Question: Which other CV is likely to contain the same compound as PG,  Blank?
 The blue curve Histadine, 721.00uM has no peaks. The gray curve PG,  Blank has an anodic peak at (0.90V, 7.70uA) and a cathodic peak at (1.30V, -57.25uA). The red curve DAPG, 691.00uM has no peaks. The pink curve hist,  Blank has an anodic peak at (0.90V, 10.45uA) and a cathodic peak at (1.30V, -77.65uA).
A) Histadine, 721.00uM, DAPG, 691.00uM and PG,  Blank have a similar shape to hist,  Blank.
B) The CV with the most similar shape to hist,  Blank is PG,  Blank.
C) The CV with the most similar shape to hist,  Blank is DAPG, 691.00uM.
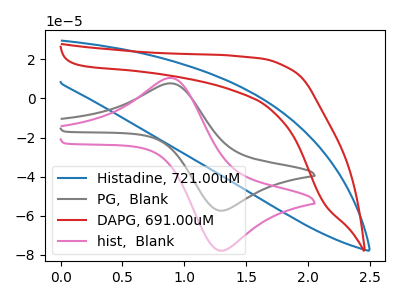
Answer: <think>"Histadine, 721.00uM" and "PG,  Blank" have a different number of peaks. Neither "Histadine, 721.00uM" or "DAPG, 691.00uM" have any peaks. "Histadine, 721.00uM" and "hist,  Blank" have a different number of peaks. "PG,  Blank" and "DAPG, 691.00uM" have a different number of peaks. All the peaks in "PG,  Blank" have a peak in "hist,  Blank" at the same potential. Every peak in "PG,  Blank" is lower than every peak in "hist,  Blank". "DAPG, 691.00uM" and "hist,  Blank" have a different number of peaks.
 </think>
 <answer>B) The CV with the most similar shape to "hist,  Blank" is "PG,  Blank".</answer>
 <eval>B</eval>